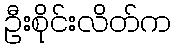
ဦးစိုင်းလိတ်က